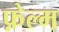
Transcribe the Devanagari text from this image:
फ़ेल्म